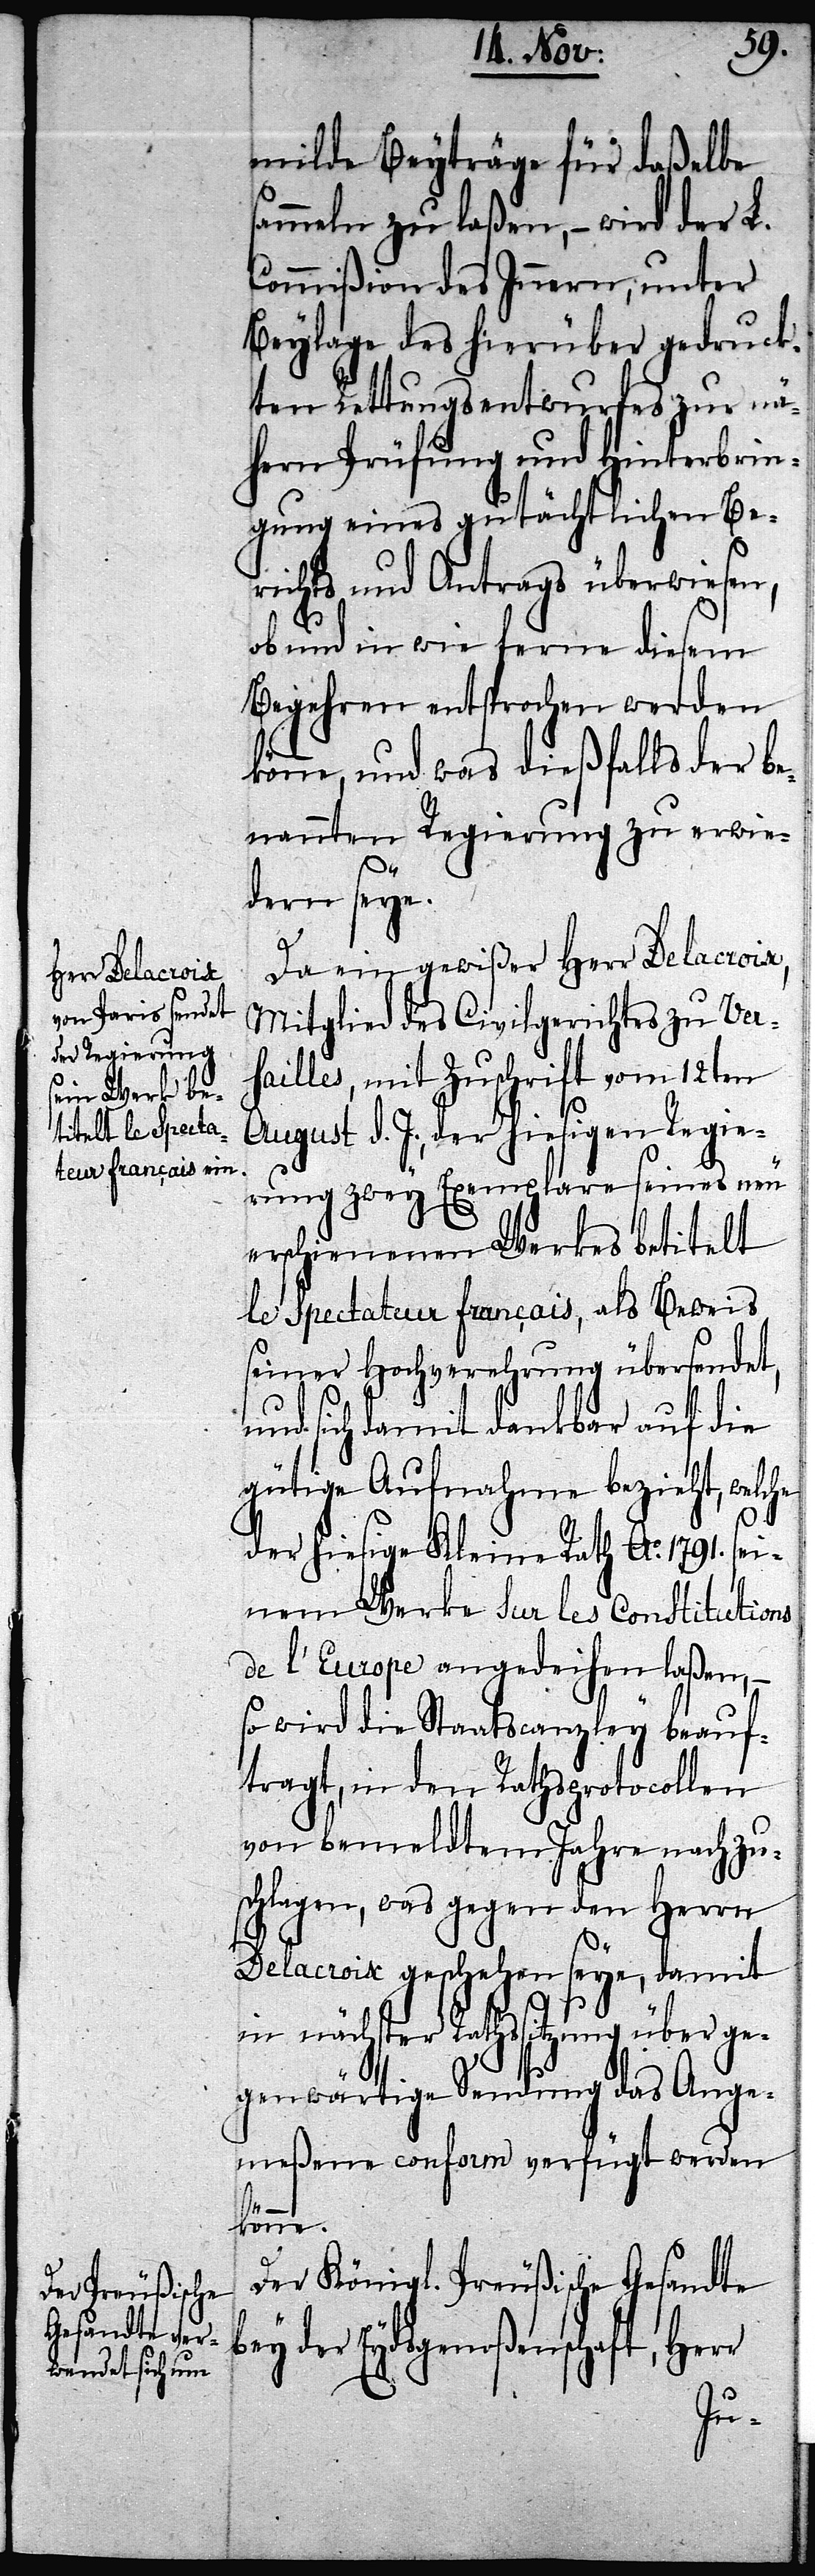
milde Beyträge für daßelbe
sammeln zu laßen, – wird der L.
Commißion des Innern, unter
Beylage des hierüber gedruck¬
ten Rettungsentwurfes zur nä¬
hern Prüfung und Hinterbrin¬
gung eines gutächtlichen Be¬
richts und Antrags überwiesen,
ob und in wie ferne diesem
Begehren entsprochen werden
könne, und was dießfalls der be¬
nannten Regierung zu erwie¬
dern seye.
Da ein gewißer Herr Delacroix,
Mitglied des Civilgerichtes zu Vers¬
ailles, mit Zuschrift vom 12ten
August d. J., der hiesigen Regie¬
rung zwey Exemplare seines neu
erschienenen Werkes betitelt
le Spectateur français, als Beweis
seiner Hochverehrung übersendet,
nd sich damit dankbar auf die
gütige Aufnahme bezieht, welche
b¬
der hiesige Kleine Rath Ao. 1791. sei¬
nem Werke sur les Constitutions
de l’Europe angedeihen laßen, –
so wird die Staatscanzley beauf¬
tragt, in den Rathsprotocollen
von bemeldtem Jahre nachzu¬
schlagen, was gegen den Herrn
Delacroix geschehen seye, damit
in nächster Rathssitzung das An¬
meßene conform verfügt werden
könne.
Der Königl. Preußische Gesandte
ey der Eydsgenoßenschaft, Her¬
r